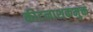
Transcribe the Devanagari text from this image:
कीटनाशकमुक्त